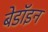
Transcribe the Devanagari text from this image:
बेडॉइन